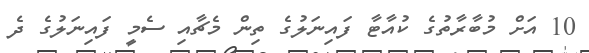
10 އަށް މުބާރާތުގެ ކުއާޓާ ފައިނަލުގެ ތިން މެޗާއި ސެމީ ފައިނަލުގެ ދެ